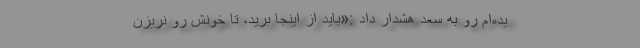
یده‌ام رو به سعد هشدار داد :«باید از اینجا برید، تا خونش رو نریزن